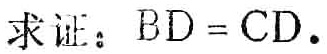
求证：\(BD = CD\).